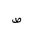
Letter: _da